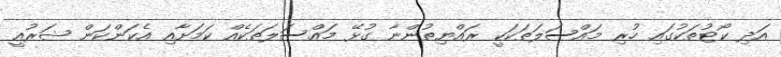
އަދި ކޯޓުތަކުގައި ހުރި މައްސަލަތަކަކީ ރައްޔިތުންނާ ގުޅޭ މައްސަލަތަކެއް ކަމަށާއި އެކަންކަން ޝަރުއީ